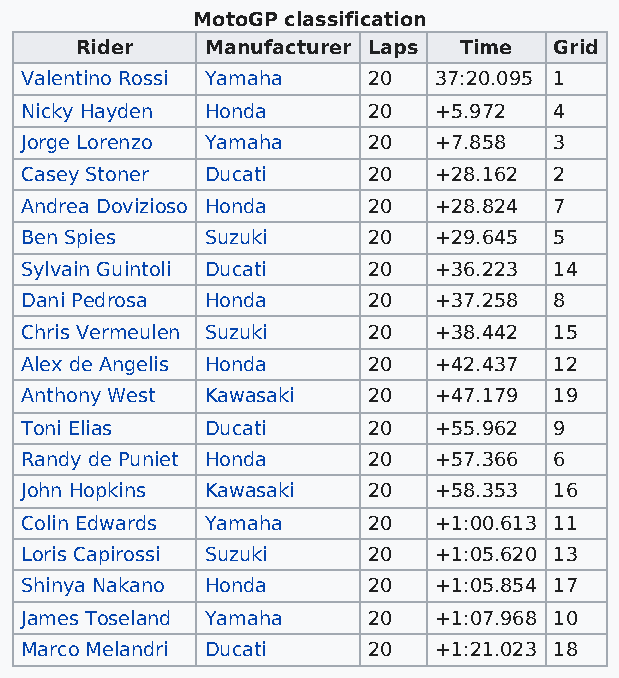
MotoGP classification
 Rider    Manufacturer Laps Time Grid
 Valentino Rossi Yamaha 20   37:20.095 1
 Nicky Hayden Honda     20   +5.972  4
 Jorge Lorenzo Yamaha   20   +7.858  3
 Casey Stoner Ducati    20   +28.162 2
 Andrea Dovizioso Honda 20   +28.824 7
 Ben Spies    Suzuki    20   +29.645 5
 Sylvain Guintoli Ducati 20  +36.223 14
 Dani Pedrosa Honda     20   +37.258 8
 Chris Vermeulen Suzuki 20   +38.442 15
 Alex de Angelis Honda  20   +42.437 12
 Anthony West Kawasaki  20   +47.179 19
 Toni Elias   Ducati    20   +55.962 9
 Randy de Puniet Honda  20   +57.366 6
 John Hopkins Kawasaki  20   +58.353 16
 Colin Edwards Yamaha   20   +1:00.613 11
 Loris Capirossi Suzuki 20   +1:05.620 13
 Shinya Nakano Honda    20   +1:05.854 17
 James Toseland Yamaha  20   +1:07.968 10
 Marco Melandri Ducati  20   +1:21.023 18